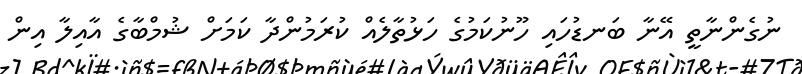
ނުގެންނާތީ އޭނާ ބަނޑުހައި ހޫނުކަމުގެ ހަޅުތާލެއް ކުރަމުންދާ ކަމަށް ޝުމްބާގެ އާއިލާ އިން